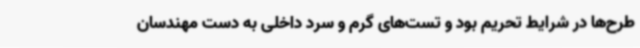
طرح‌ها در شرایط تحریم بود و تست‌های گرم و سرد داخلی به دست مهندسان